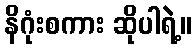
နိဂုံးစကား ဆိုပါရဲ့။